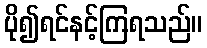
ပို၍ရင်နင့်ကြရသည်။